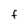
Character: f